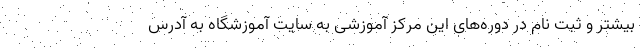
بیشتر و ثبت نام در دوره‌های این مرکز آموزشی به سایت آموزشگاه به آدرس